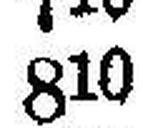
810